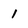
Character: 1